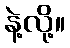
နဲ့လို့။